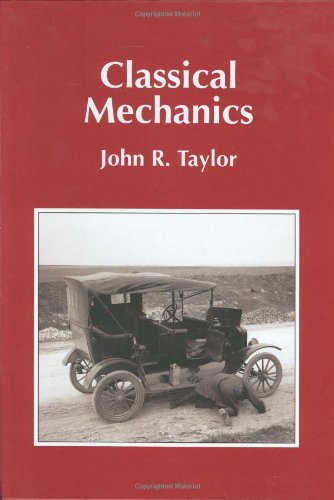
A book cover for Classical Mechanics; John R. Taylor; Science & Math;